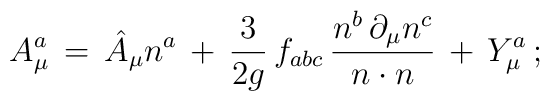
A^a_\mu \, = \, \hat{A}_\mu n^a \, + \,                 \frac{3}{2g} \, f_{abc} \,                              \frac{n^b \, \partial_\mu n^c}{n \cdot n} \, + \,                 Y^a_\mu \, ;